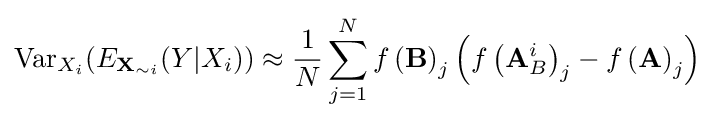
\operatorname {Var} _{X_{i}}(E_{\mathbf {X} _{\sim i}}(Y|X_{i}))\approx {{\frac {1}{N}}\sum _{j=1}^{N}f\left(\mathbf {B} \right)_{j}\left(f\left(\mathbf {A} _{B}^{i}\right)_{j}-f\left(\mathbf {A} \right)_{j}\right)}